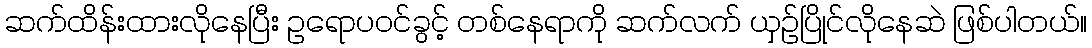
ဆက်ထိန်းထားလိုနေပြီး ဥရောပဝင်ခွင့် တစ်နေရာကို ဆက်လက် ယှဉ်ပြိုင်လိုနေဆဲ ဖြစ်ပါတယ်။